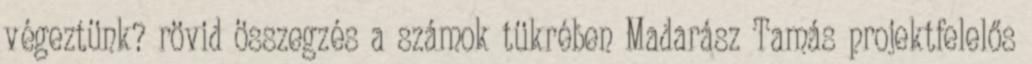
végeztünk? rövid összegzés a számok tükrében Madarász Tamás projektfelelős